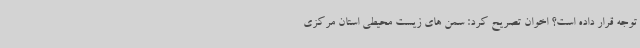
توجه قرار داده است؟ اخوان تصریح کرد: سمن های زیست محیطی استان مرکزی